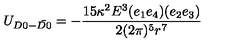
U _ { D 0 - \bar { D 0 } } = - \frac { 1 5 \kappa ^ { 2 } E ^ { 3 } ( e _ { 1 } e _ { 4 } ) ( e _ { 2 } e _ { 3 } ) } { 2 ( 2 \pi ) ^ { 5 } r ^ { 7 } }